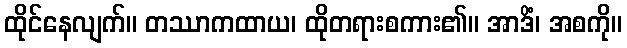
ထိုင်နေလျက်။ တဿာကထာယ၊ ထိုတရားစကား၏။ အာဒိံ၊ အစကို။